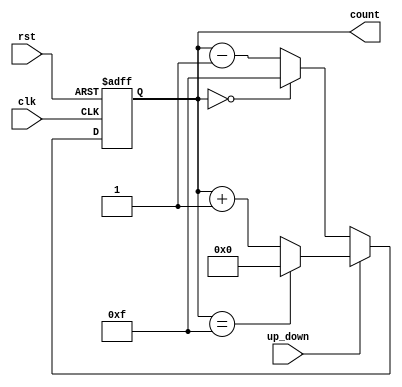
module UpDownCounter #(
    parameter WIDTH = 4  // Number of bits for the counter
)(
    input  wire             clk,        // Clock input
    input  wire             rst,        // Asynchronous reset
    input  wire             up_down,    // Up/Down control
    output reg [WIDTH-1:0] count        // Current count output
);

    // Initial state of the counter
    initial begin
        count = 0;
    end

    // Counting process
    always @(posedge clk or posedge rst) begin
        if (rst) begin
            // Asynchronous reset
            count <= 0;
        end else begin
            if (up_down) begin
                // Count Up
                if (count == (2**WIDTH - 1)) begin
                    count <= 0; // Wrap around to 0
                end else begin
                    count <= count + 1; // Increment counter
                end
            end else begin
                // Count Down
                if (count == 0) begin
                    count <= (2**WIDTH - 1); // Wrap around to max
                end else begin
                    count <= count - 1; // Decrement counter
                end
            end
        end
    end

endmodule